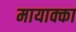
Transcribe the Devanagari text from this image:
मायाक्का